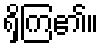
ရှိကြ၏။